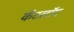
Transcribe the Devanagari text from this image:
कॅटलॉग